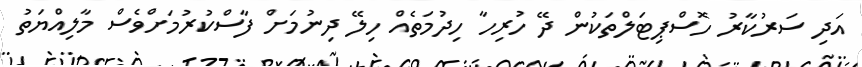
އަދި ސަރުކާރު ހޮސްޕިޓަލްތަކުން ދޭ ހުރިހާ ހިދުމަތެއް ހިލޭ ދިނުމަށް ފާސްކުރުމަށްވެސް މާލިއްޔަތު